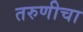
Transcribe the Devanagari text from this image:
तरुणीचा